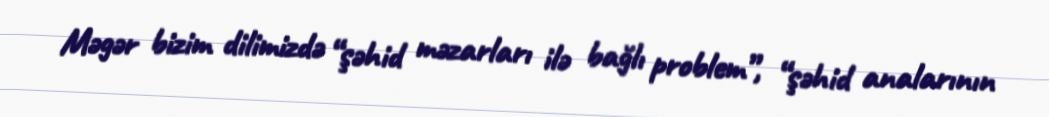
Məgər bizim dilimizdə “şəhid məzarları ilə bağlı problem”, “şəhid analarının